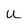
Character: u